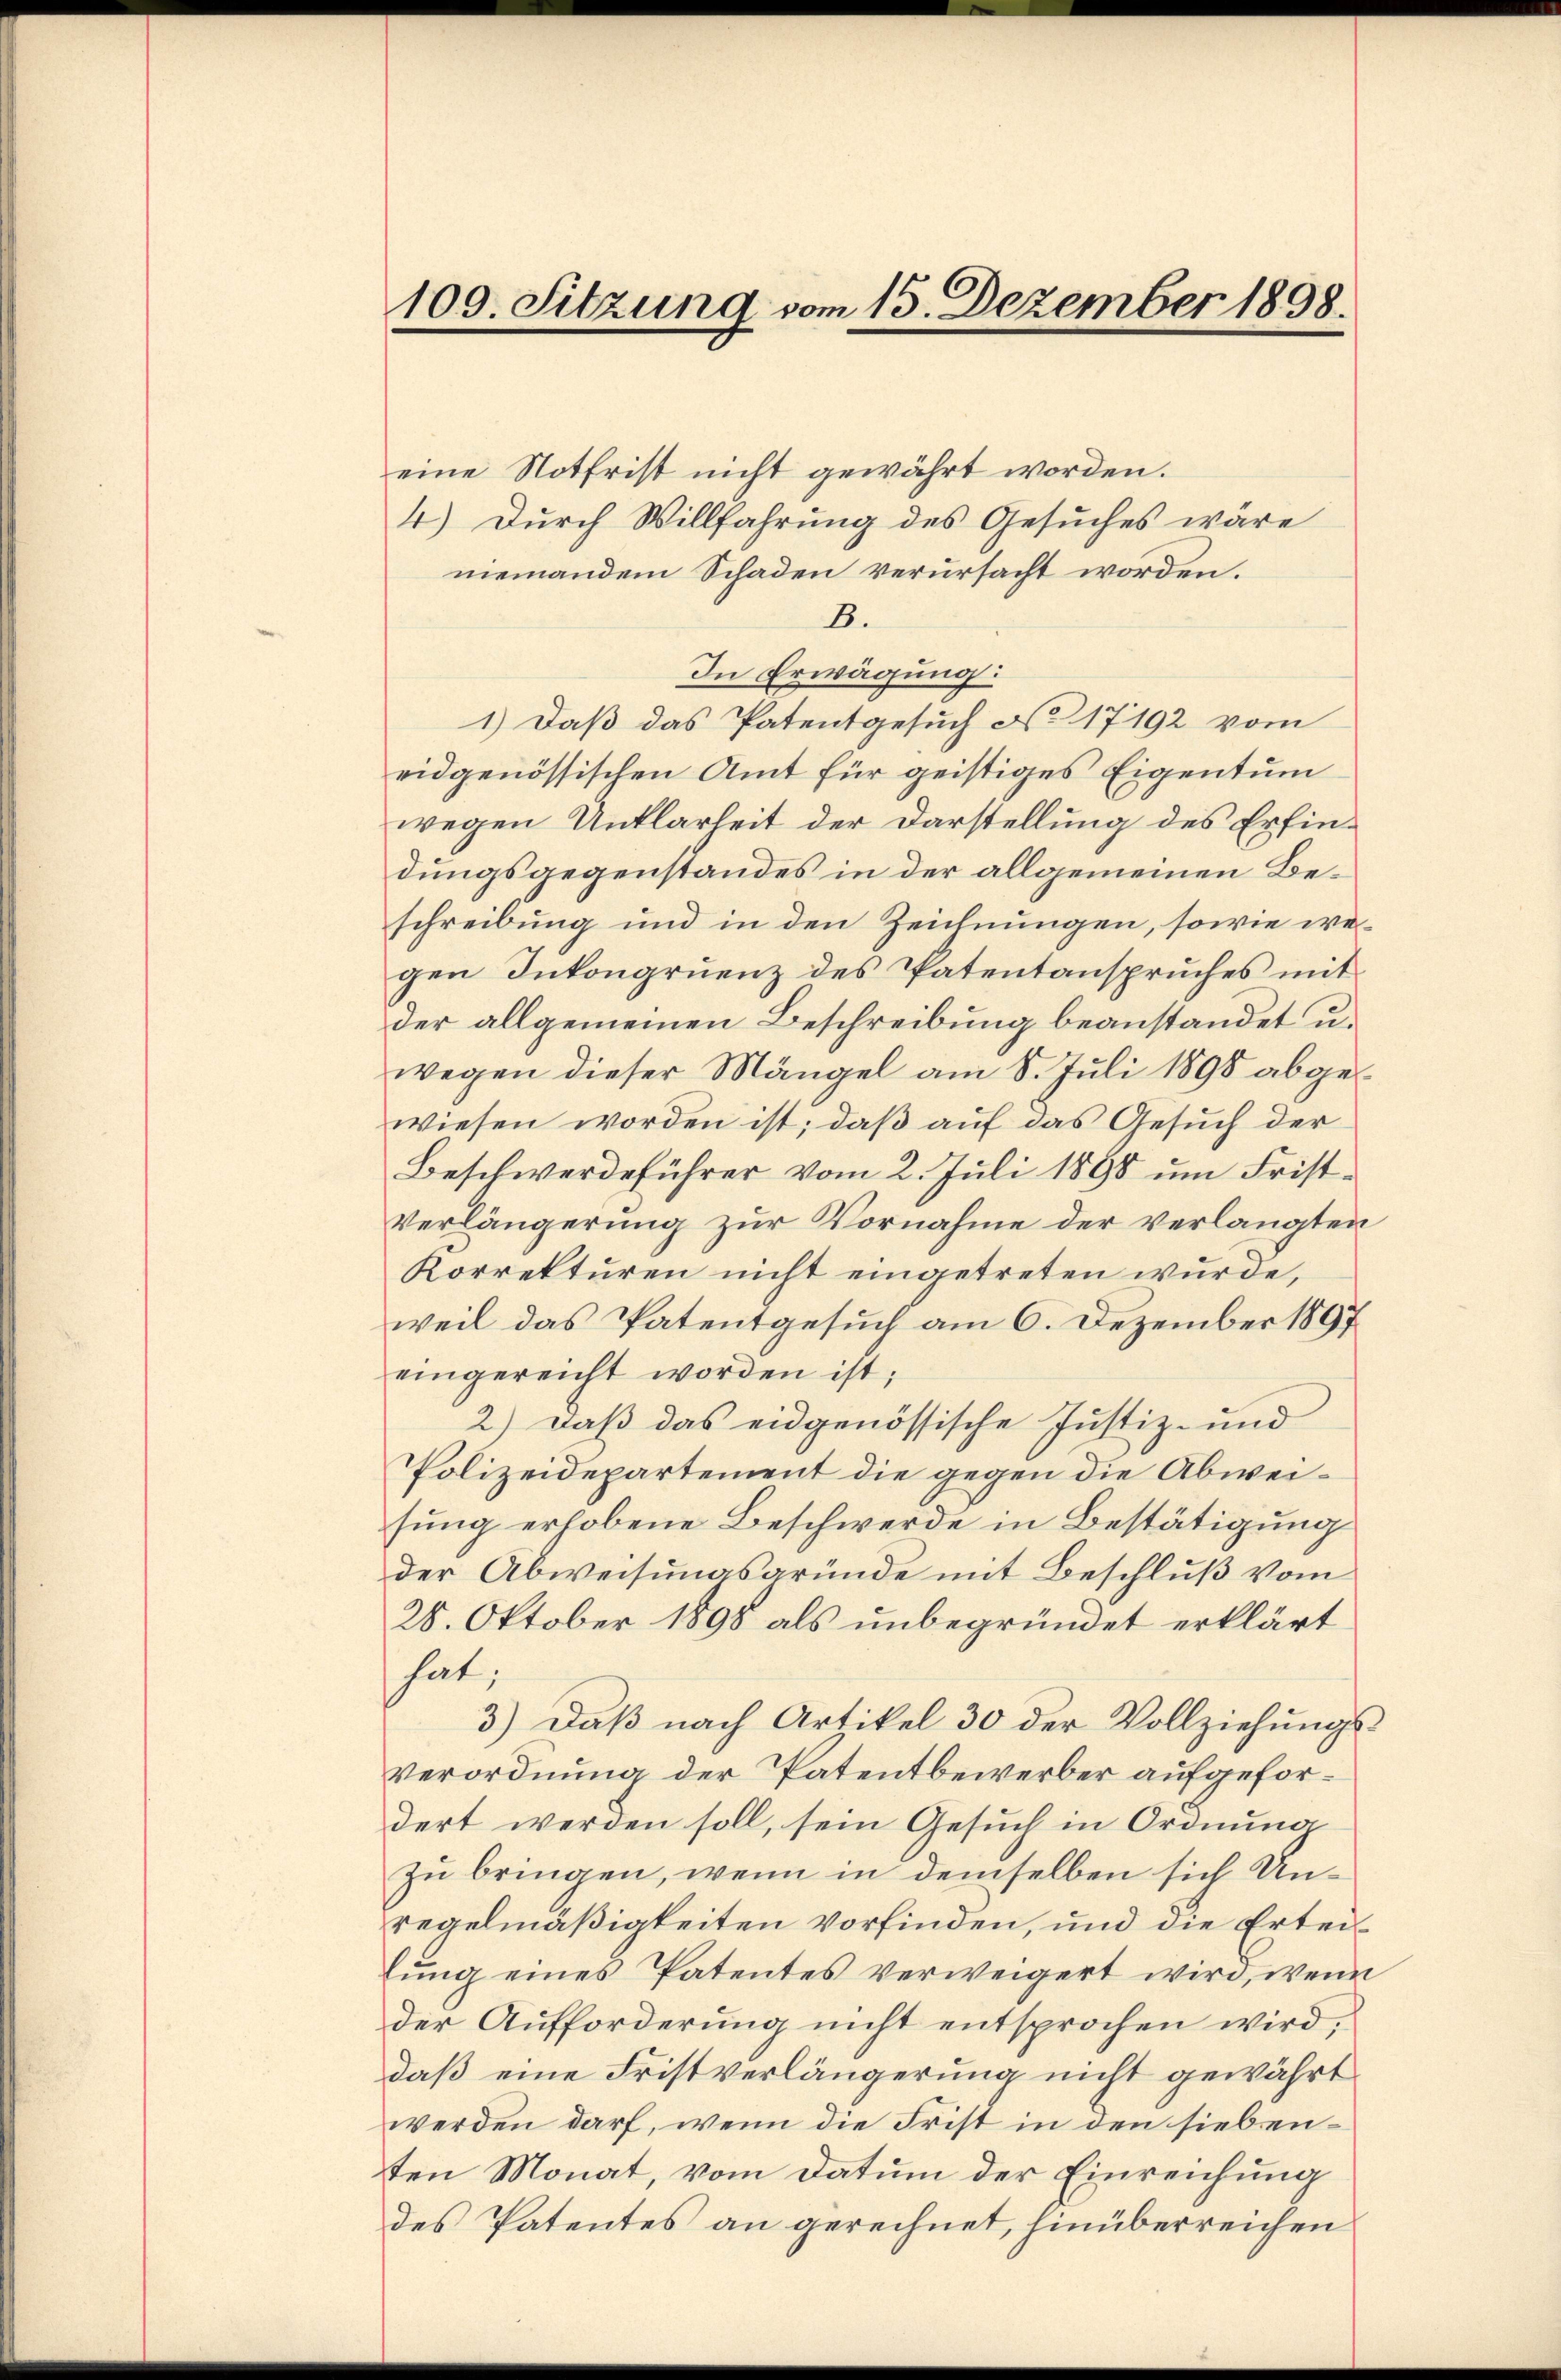
100. Sitzung vom 15. Dezember 1898.

eine Notfrist nicht gewährt worden.
4.) Durch Willfahrung des Gesuches wäre
niemandem Schaden verursacht worden.
B.
In Erwägung:
1.) Daß das Patentgesuch No. 17192 vom
eidgenössischen Amt für geistiges Eigentum
wegen Unklarheit der Darstellung des Erfindungsgegenstandes in der allgemeinen Beschreibung und in den Zeichnungen, sowie wegen Inkongruenz des Patentanspruches mit
der allgemeinen Beschreibung beanstandet u.
wegen dieser Mängel am 8. Juli 1898 abgewiesen worden ist, daβ aŭf das Gesŭch der
Beschwerdeführer vom 2. Juli 1898 um Frist¬
Verlängerung zur Vornahme der verlangten
Korrekturen nicht eingetreten wurde,
weil das Patentgesuch am 6. Dezember 1897
eingereicht worden ist;
2.) Daß das eidgenössische Justiz- und
Polizeidepartement die gegen die Abweisung erhobene Beschwerde in Bestätigung
der Abweisungsgründe mit Beschluß vom
28. Oktober 1898 als unbegründet erklärt
hat;
3.) Daß nach Artikel 30 der Vollziehungs¬
Verordnung der Patentbewerber aufgefordert werden soll, sein Gesuch in Ordnung
zu bringen, wenn in demselben sich Unregelmäßigkeiten vorfinden, und die Erteilung eines Patentes verweigert wird, wenn
der Aufforderung nicht entsprochen wird,
daß eine Fristverlängerung nicht gewährt
werden darf, wenn die Frist in den siebenten Monat, vom Datum der Einreichung
des Patentes an gerechnet, hinüberreichen